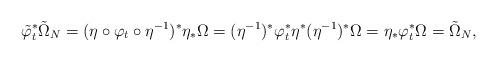
LaTeX: \begin{align*}\tilde \varphi_t^* \tilde \Omega_N = (\eta \circ \varphi_t \circ \eta^{-1})^* \eta_* \Omega = (\eta^{-1})^*\varphi_t^*\eta^*(\eta^{-1})^*\Omega=\eta_*\varphi_t^*\Omega = \tilde \Omega_N,\end{align*}